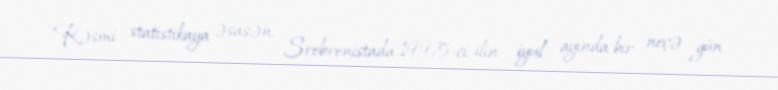
Rəsmi statistikaya əsasən, Srebrenistada 1995-ci ilin iyul ayında bir neçə gün